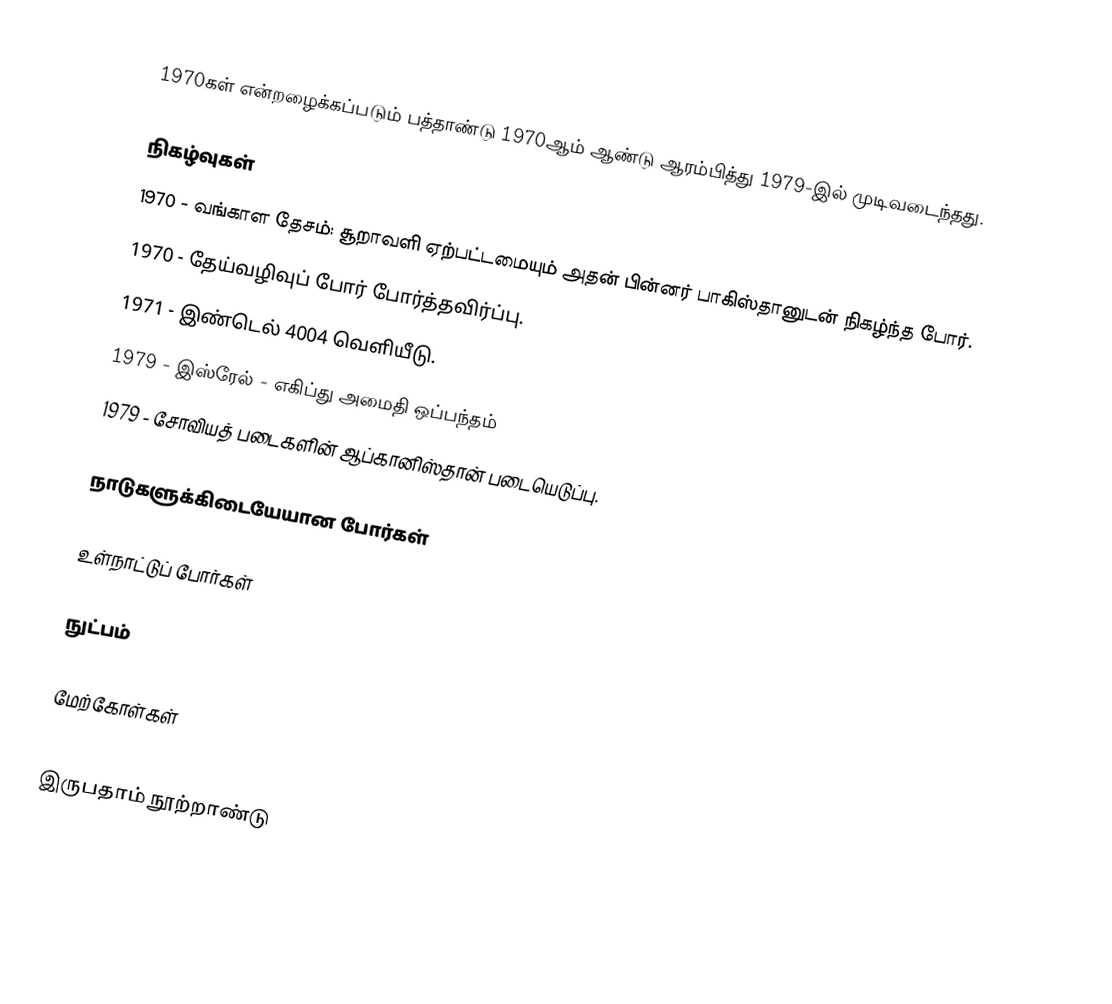
1970கள் என்றழைக்கப்படும் பத்தாண்டு 1970ஆம் ஆண்டு ஆரம்பித்து 1979-இல் முடிவடைந்தது.

நிகழ்வுகள்
 1970 - வங்காள தேசம்: சூறாவளி ஏற்பட்டமையும் அதன் பின்னர் பாகிஸ்தானுடன் நிகழ்ந்த போர்.
 1970 - தேய்வழிவுப் போர் போர்த்தவிர்ப்பு.
 1971 - இண்டெல் 4004 வெளியீடு.
 1979 - இஸ்ரேல் - எகிப்து அமைதி ஒப்பந்தம்
 1979 - சோவியத் படைகளின் ஆப்கானிஸ்தான் படையெடுப்பு.

நாடுகளுக்கிடையேயான போர்கள்

உள்நாட்டுப் போர்கள்

நுட்பம்

மேற்கோள்கள்

இருபதாம் நூற்றாண்டு